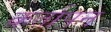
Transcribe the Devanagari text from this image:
कर्तापन